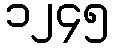
၁၂၄၅